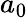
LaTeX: a_{0}